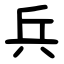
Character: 兵